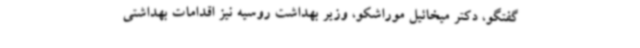
گفتگو، دکتر میخائیل موراشکو، وزیر بهداشت روسیه نیز اقدامات بهداشتی